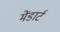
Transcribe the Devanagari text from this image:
मेंडार्ट